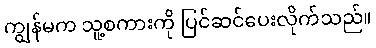
ကျွန်မက သူ့စကားကို ပြင်ဆင်ပေးလိုက်သည်။